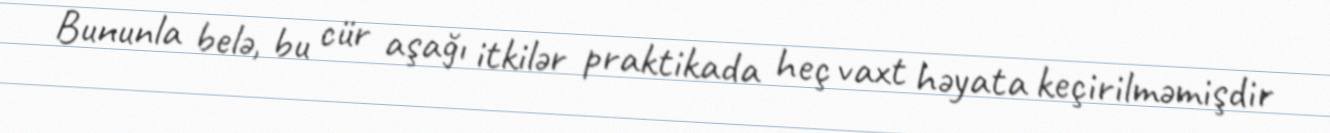
Bununla belə, bu cür aşağı itkilər praktikada heç vaxt həyata keçirilməmişdir